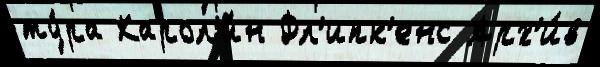
ту́ра Карол'и́н Фл'ипк'енс Арх'и́в